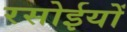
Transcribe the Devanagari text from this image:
रसोईयों